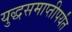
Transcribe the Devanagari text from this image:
युद्धसमाप्तीपर्यंत